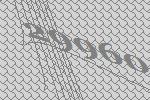
29960